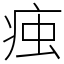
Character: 痋